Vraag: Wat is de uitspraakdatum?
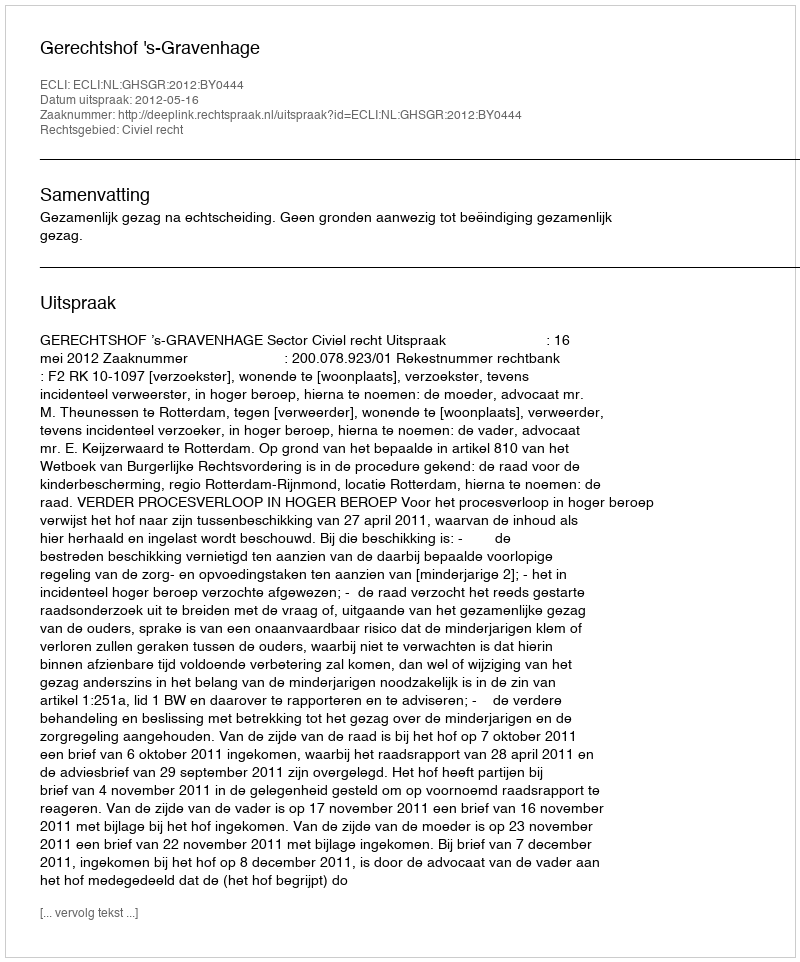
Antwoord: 2012-05-16